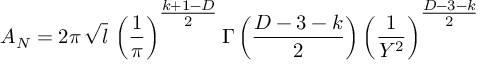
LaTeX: A _ { N } = 2 \pi \, \sqrt { l } \, \left( \frac { 1 } { \pi } \right) ^ { { \textstyle \frac { k + 1 - D } { 2 } } } \Gamma \left( \frac { D - 3 - k } { 2 } \right) \left( \frac { 1 } { Y ^ { 2 } } \right) ^ { { \textstyle \frac { D - 3 - k } { 2 } } }